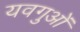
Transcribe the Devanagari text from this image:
यवगुओं